Vaccination North-Western Provinces 1866-1877 - 1866-1877
Year: 1866
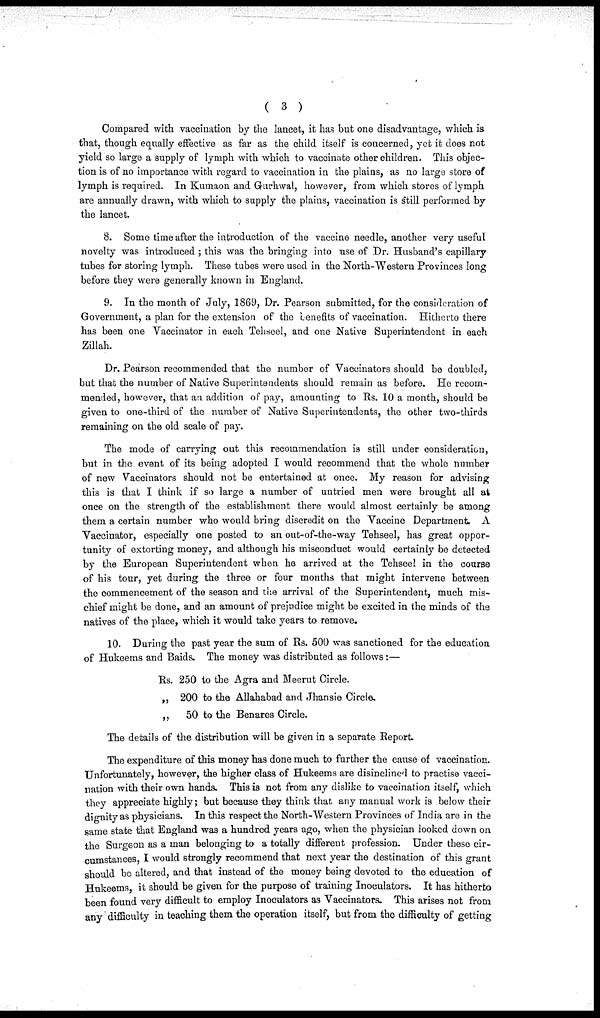
( 3 )
Compared with vaccination by the lancet, it has but one disadvantage, which is
that, though equally effective as far as the child itself is concerned, yet it does not
yield so large a supply of lymph with which to vaccinate other children. This objec-
tion is of no importance with regard to vaccination in the plains, as no largo store of
lymph is required. In Kumaon and Gurhwal, however, from which stores of lymph
are annually drawn, with which to supply the plains, vaccination is still performed by
the lancet.
8. Some time after the introduction of the vaccine needle, another very useful
novelty was introduced ; this was the bringing into use of Dr. Husband's capillary
tubes for storing lymph. These tubes were used in the North-Western Provinces long
before they were generally known in England.
9. In the month of July, 1869, Dr. Pearson submitted, for the consideration of
Government, a plan for the extension of the benefits of vaccination. Hitherto there
has been one Vaccinator in each Tehseel, and one Native Superintendent in each
Zillah.
Dr. Pearson recommended that the number of Vaccinators should be doubled,
but that the number of Native Superintendents should remain as before. He recom-
mended, however, that an addition of pay, amounting to Rs. 10 a month, should be
given to one-third of the number of Native Superintendents, the other two-thirds
remaining on the old scale of pay.
The mode of carrying out this recommendation is still under consideration,
but in the event of its being adopted I would recommend that the whole number
of new Vaccinators should not be entertained at once. My reason for advising
this is that I think if so large a number of untried men were brought all at
once on the strength of the establishment there would almost certainly be among
them a certain number who would bring discredit on the Vaccine Department A
Vaccinator, especially one posted to an out-of-the-way Tehseel, has great oppor-
tunity of extorting money, and although his misconduct would certainly be detected
by the European Superintendent when he arrived at the Tehseel in the course
of his tour, yet during the three or four months that might intervene between
the commencement of the season and the arrival of the Superintendent, much mis-
chief might be done, and an amount of prejudice might be excited in the minds of the
natives of the place, which it would take years to remove.
10. During the past year the sum of Rs. 500 was sanctioned for the education
of Hukeems and Baids. The money was distributed as follows:—
Rs. 250 to the Agra and Meerut Circle.
„ 200 to the Allahabad and Jhansie Circle.
„ 50 to the Benares Circle.
The details of the distribution will be given in a separate Report
The expenditure of this money has done much to further the cause of vaccination.
Unfortunately, however, the higher class of Hukeems are disinclined to practise vacci-
nation with their own hands. This is not from any dislike to vaccination itself, which
they appreciate highly; but because they think that any manual work is below their
dignity as physicians. In this respect the North-Western Provinces of India are in the
same state that England was a hundred years ago, when the physician looked down on
the Surgeon as a man belonging to a totally different profession. Under these cir-
cumstances, I would strongly recommend that next year the destination of this grant
should bo altered, and that instead of the money being devoted to the education of
Hukeems, it should be given for the purpose of training Inoculators. It has hitherto
been found very difficult to employ Inoculators as Vaccinators. This arises not from
any difficulty in teaching them the operation itself, but from the difficulty of getting